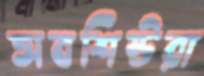
অবশিষ্টরা